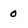
Character: 0